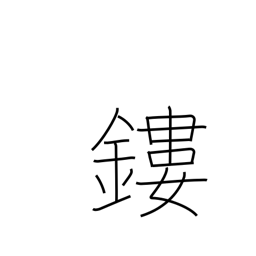
Meaning: mount